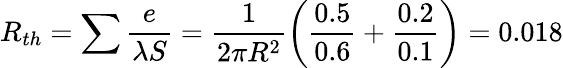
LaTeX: R_{th}=\sum\frac{e}{\lambda S}=\frac{1}{2\pi R^{2}}\left(\frac{0.5}{0.6}+\frac{0.2}{0.1}\right)=0.018